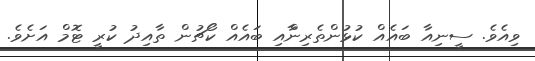
ވިއެވެ. ސީނިއާ ބައެއް ކުޅުންތެރިންާއި ބައެއް ކޯޗުން ތާއިދު ކުރީ ޓޮމް އަށެވެ.